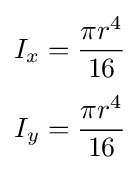
{\begin{aligned}I_{x}&={\frac {\pi r^{4}}{16}}\\[3pt]I_{y}&={\frac {\pi r^{4}}{16}}\end{aligned}}